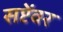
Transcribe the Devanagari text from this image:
सप्टेंवर